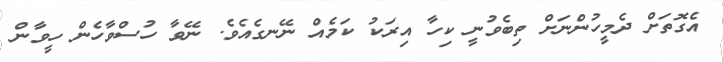
އެގޮތަށް ދެމީހުންނަށް ތިބެވުނީ ކިހާ އިރަކު ކަމެއް ނޭނގެއެވެ. ނޭވާ ހުސްވާހެން ހީވާން